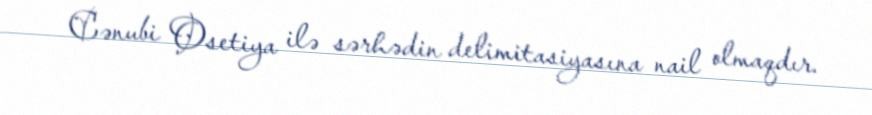
Cənubi Osetiya ilə sərhədin delimitasiyasına nail olmaqdır.